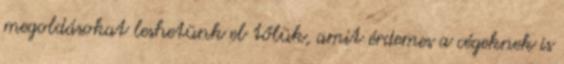
megoldásokat leshetünk el tőlük, amit érdemes a cégeknek is